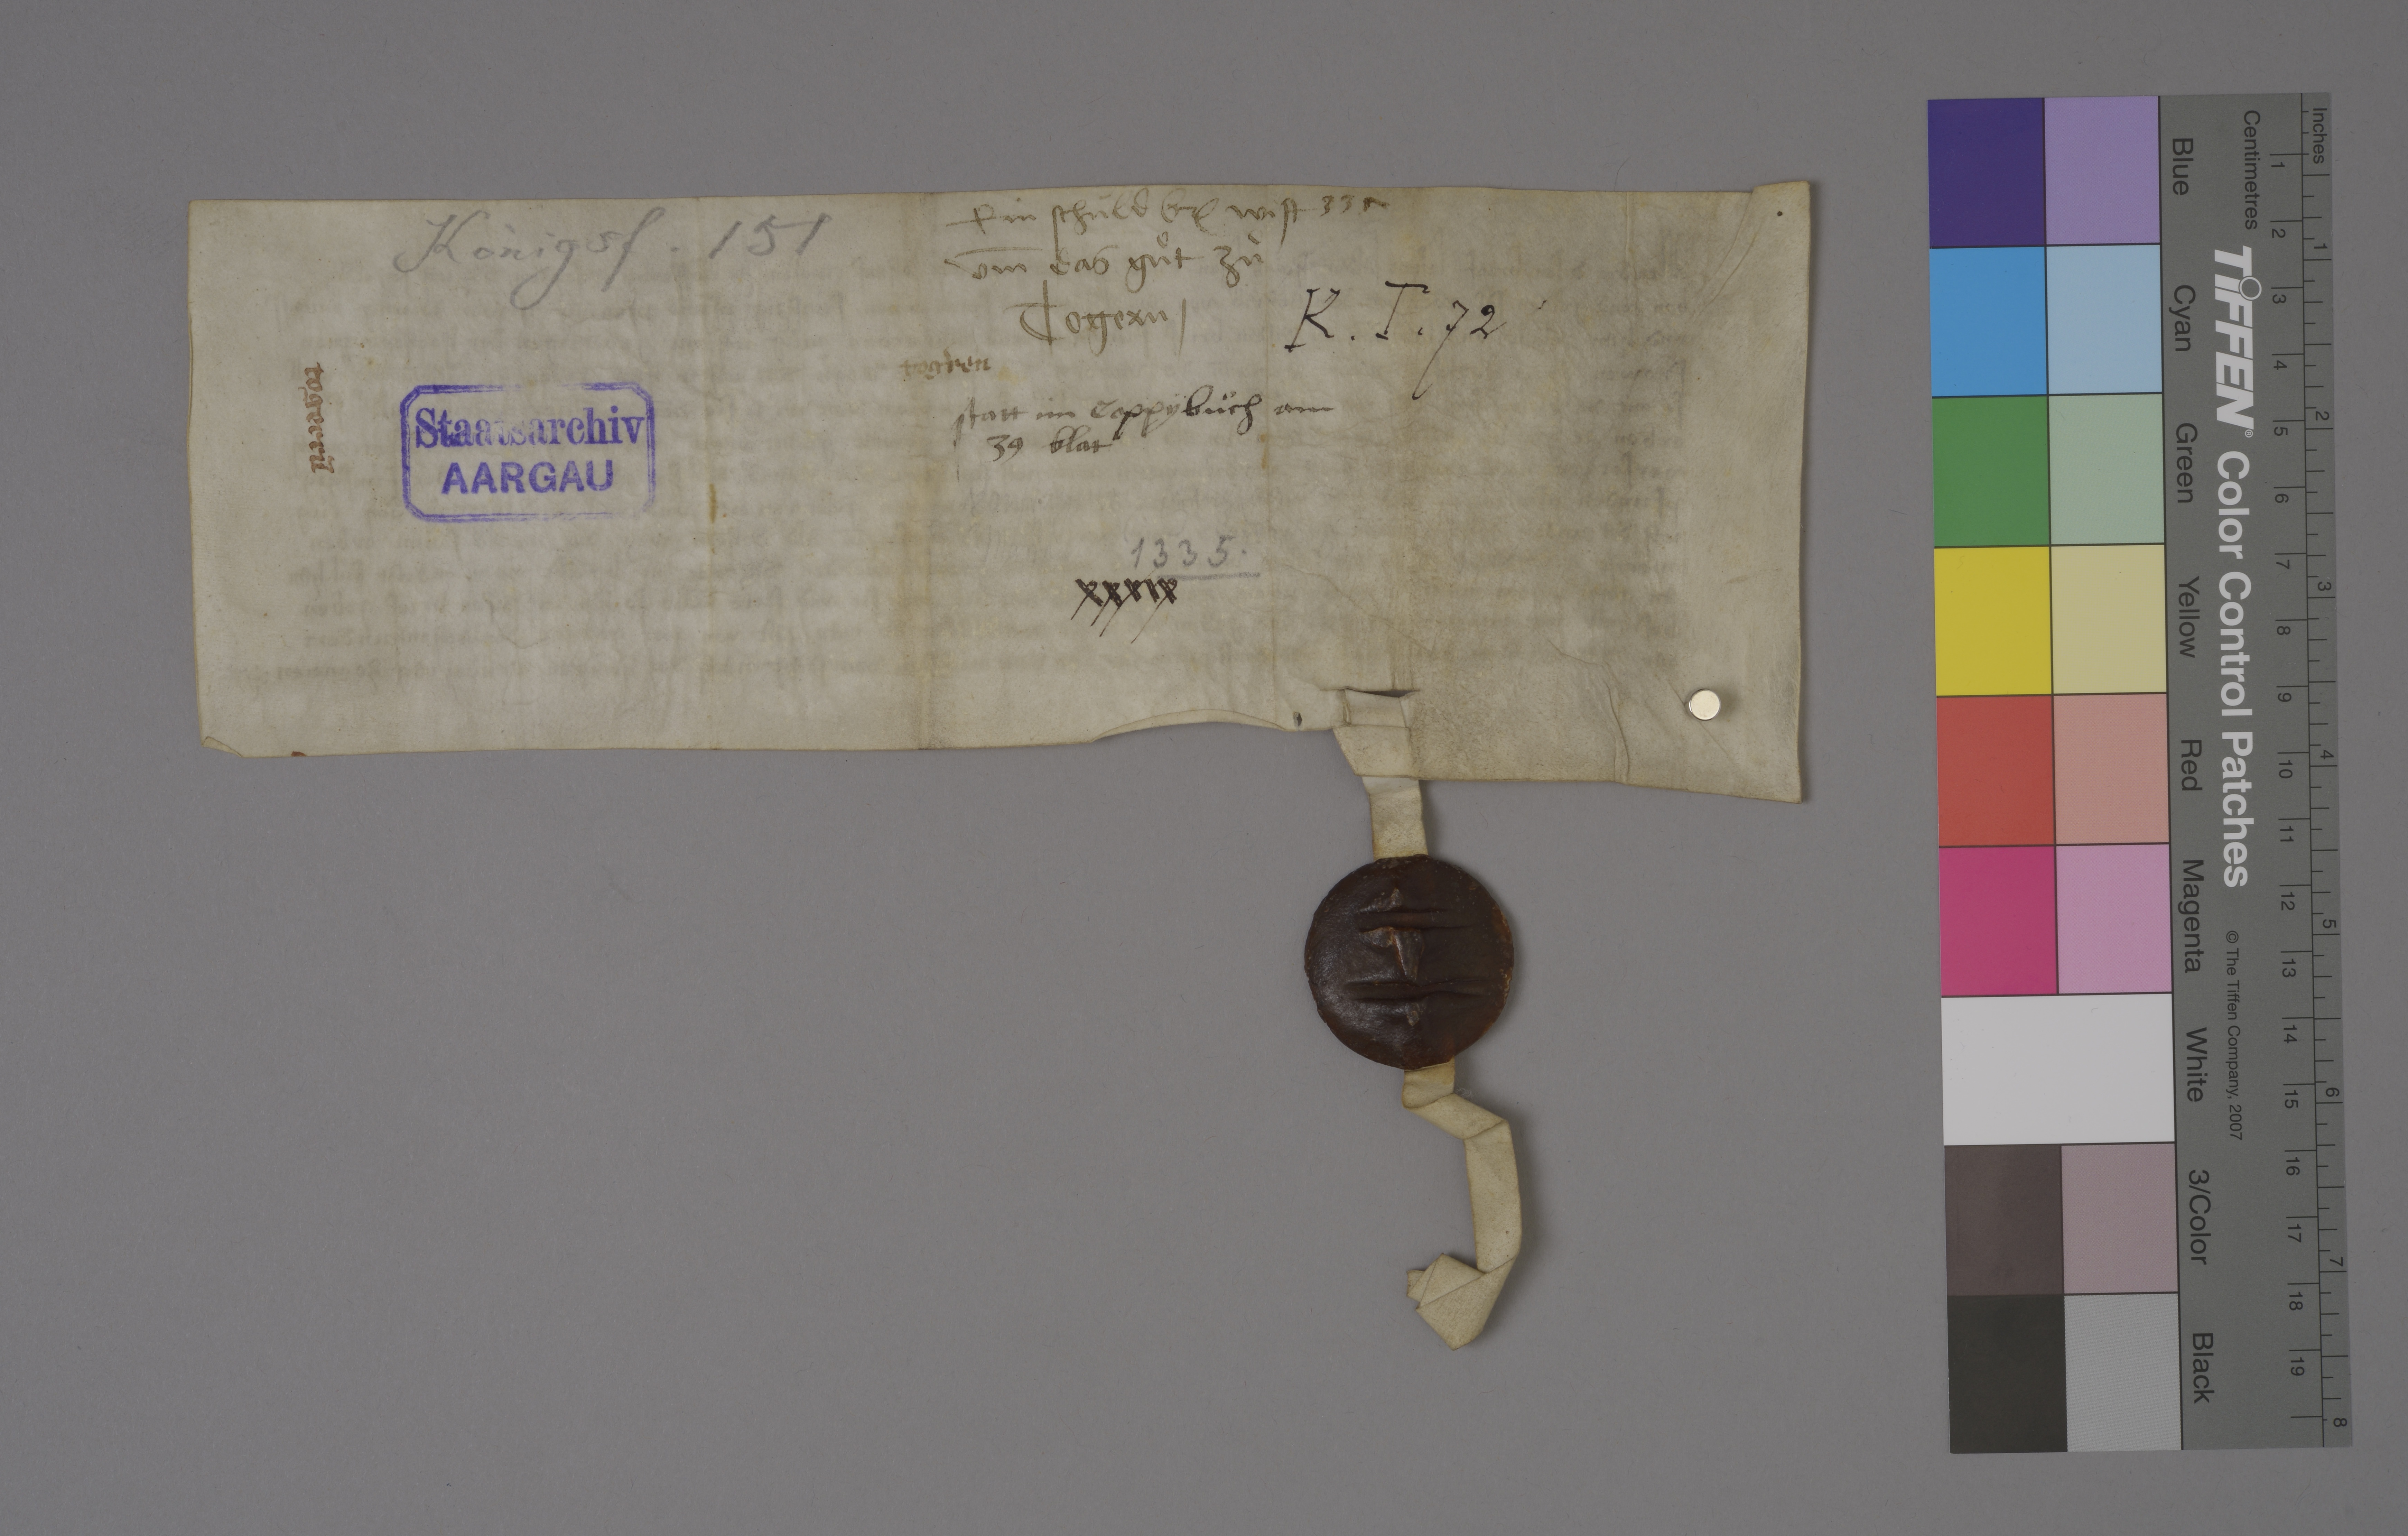
ein schùld br₎ wist
um̄ das guͦt zuͦ
Togern ✳

335

Königsf. 151

K ✳ T ✳ 72 ✳

Togˀren

Togerrn̄

Staatsarchiv
AARGAU

statt im coppybuͦch am
39 blat

1335.

xxxix